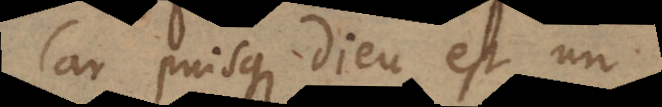
Car puisque Dieu est un